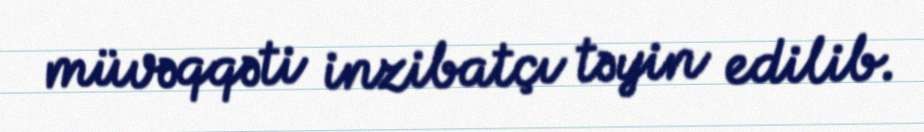
müvəqqəti inzibatçı təyin edilib.